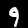
Label: 9